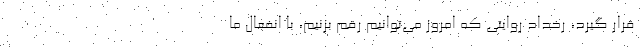
قرار گیرد، رخداد روایتی که امروز می‌توانیم رقم بزنیم، با انفعال ما